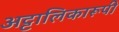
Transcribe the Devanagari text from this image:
अट्टालिकारूपी